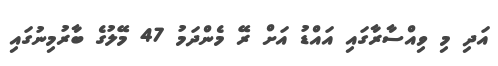
އަދި މި ވިއްސާރާގައި އައްޑު އަށް ރޭ މެންދަމު 47 މޭލުގެ ބާރުމިނުގައި